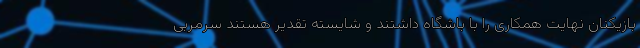
بازیکنان نهایت همکاری را با باشگاه داشتند و شایسته تقدیر هستند سرمربی